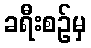
ခရီးစဉ်မှ